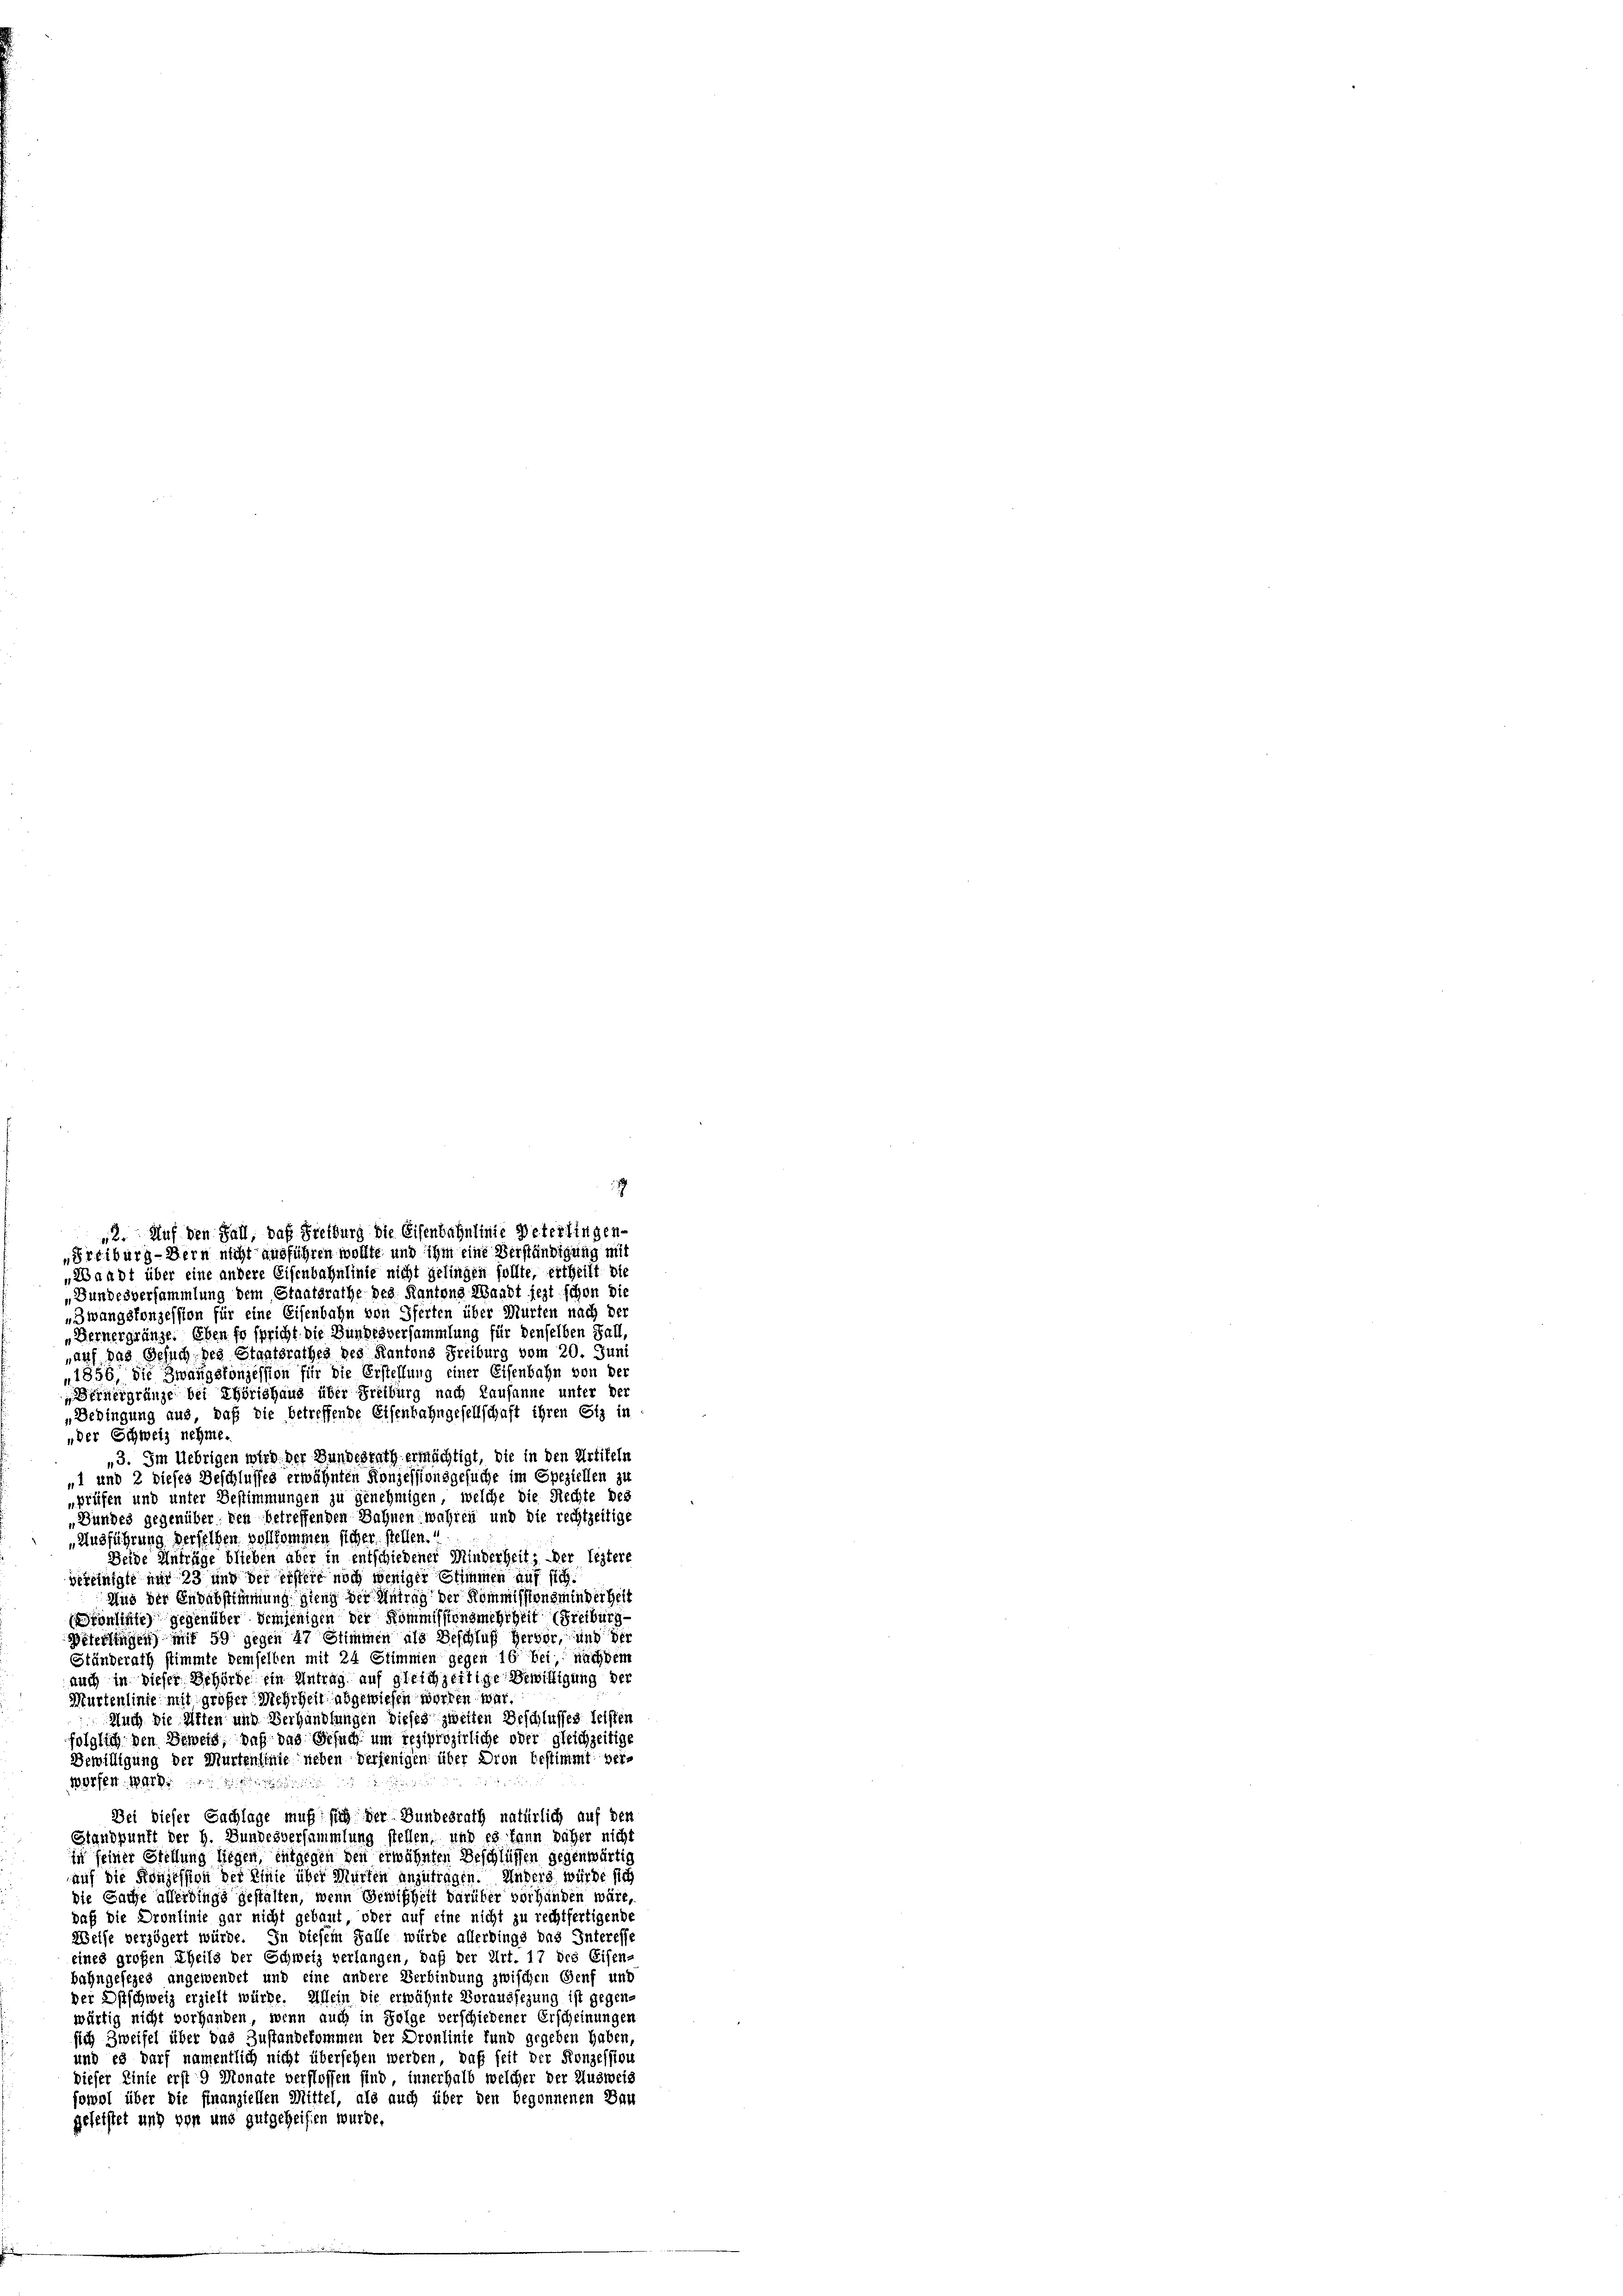
„Waadt über eine andere Eisenbahnlinie nicht gelingen sollte, ertheilt die
„Bundesversammlung dem Staatsrathe des Kantons Waadt jezt schon die
„Zwangskonzession für eine Eisenbahn von Pferten über Murten nach der
„Bernergründe. Eben so spricht, die Bundesversammlung für denselben Fall,
„auf das Gesuch des Staatsrathes der Kantons Freiburg vom 20. Juni
„1856, die Zwangsfonzession für die Erstellung einer Eisenbahn von der
Deinergränze bei Chörishaus über Freiburg nach Lausanne unter der
„Bedingung aus, daß die betreffende Eisenbahngesellschaft ihren Siz in
„der Schweiz nehme.
„3. Im Uebrigen wird, der Bundesrath ermächtigt, die in den Artikeln
„1 und 2 dieses Beschlusses erwähnten Konzessionsgesuche im Speziellen zu
„prüfen und unter Bestimmungen zu genehmigen, welche die Rechte des
„Bundes gegenüber den betreffenden Bahnen wahren und die rechtzeitige
„Ausführung derselben vollkommen sicher stellen.“
Seide Anträge blieben aber in entschiedener Minderheit; der leztere
vereinigte nur 23 und der erstere noch weniger Stimmen auf sich
Aus der Endabstimmung gieng der Antrag der Kommissionsminderheit
(Dronsiste) gegenüber demjenigen der Kommissionsmehrheit (Freiburg-
Veterlingen) mit 59 gegen 47 Stimmen als Beschluß hervor, und der
Ständerath stimmte demselben mit 24 Stimmen gegen 16 bei nachdem
auch in dieser Behörde ein Antrag auf gleichzeitige Bewilligung der
Murtenlinie mit großer Mehrheit abgewiesen worden war.
Auch die Alten und Verhandlungen dieses zweiten Beschlusses leisten
folglich den Beweis, daß das Gesuch um reziprojirliche oder gleichzeitige
Bewilligung der Murtenlinie neben derjenigen über Dron bestimmt verworfen. Ward
Bei dieser Sachlage muß sich der Bundesrath natürlich auf den
Standpunft der h. Bundesversammlung stellen, und es kann daher nicht
in seiner Stellung liegen, entgegen den erwähnten Beschlüssen gegenwärtig
auf die Konzession der Linie über Murten anzutragen. Unders würde sich
die Sache allerdings gestalten, wenn Gewißheit darüber vorhanden wäre,
daß die Dronlinie gar nicht gebaut, oder auf eine nicht zu rechtfertigende
Weise verzögert würde. In diesem Falle würde allerdings das Interesse
eines großen Theils der Schweiz verlangen, daß der Art. 17 des Eisen-
bahngesezes angewendet und eine andere Verbindung zwischen Genf und
der Ostschweiz erzielt würde. Allein die erwähnte Voraussezung ist gegenwärtig nicht vorhanden, wenn auch in Folge verschiedener Erscheinungen
sich Zweifel über das Zustandekommen der Dronlinie fund gegeben haben,
und es darf namentlich nicht übersehen werden, daß seit der Konzession
dieser Linie erst 9 Monate verflossen sind, innerhalb welcher der Ausweis
sowol über die finanziellen Mittel, als auch über den begonnenen Bau
geleistet und von und gutgeheifen wurde.

9
2. Auf den Fall, daß Freiburg die Eisenbahnlinie Peterlingen-
„Freiburg-Hern nicht ausführen wollte und ihm eine Verständigung mit